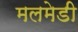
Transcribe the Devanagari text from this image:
मलमेडी